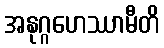
အနုဂ္ဂဟေဿာမီတိ